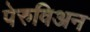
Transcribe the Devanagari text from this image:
पेरुविअन